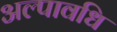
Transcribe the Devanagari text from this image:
अल्‍पावधि